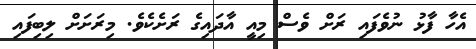
އެހާ ފާޅު ނުވެފައި ރަށް ވެސް މިއީ އާދައިގެ ރަށެކެވެ. މިރަށަށް ލިބިފައި